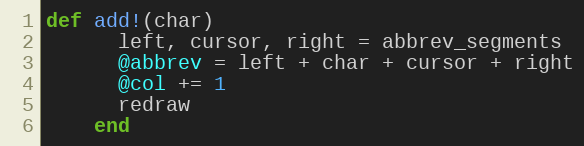
Language: Ruby
def add!(char)
      left, cursor, right = abbrev_segments
      @abbrev = left + char + cursor + right
      @col += 1
      redraw
    end